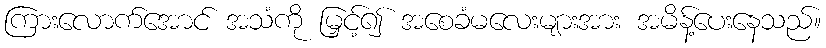
ကြားလောက်အောင် အသံကို မြှင့်၍ အစေခံမလေးများအား အမိန့်ပေးနေသည်။